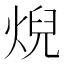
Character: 𤊓